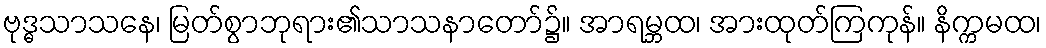
ဗုဒ္ဓသာသနေ၊ မြတ်စွာဘုရား၏သာသနာတော်၌။ အာရမ္ဘထ၊ အားထုတ်ကြကုန်။ နိက္ကမထ၊